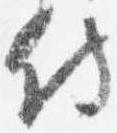
侍